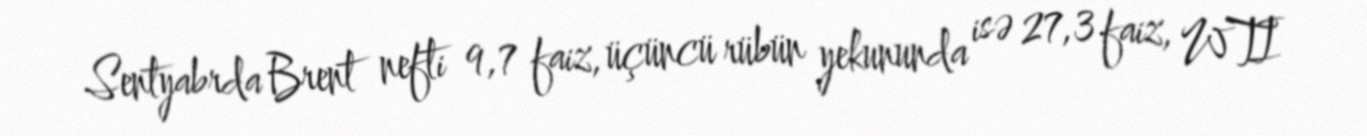
Sentyabrda Brent nefti 9,7 faiz, üçüncü rübün yekununda isə 27,3 faiz, WTI